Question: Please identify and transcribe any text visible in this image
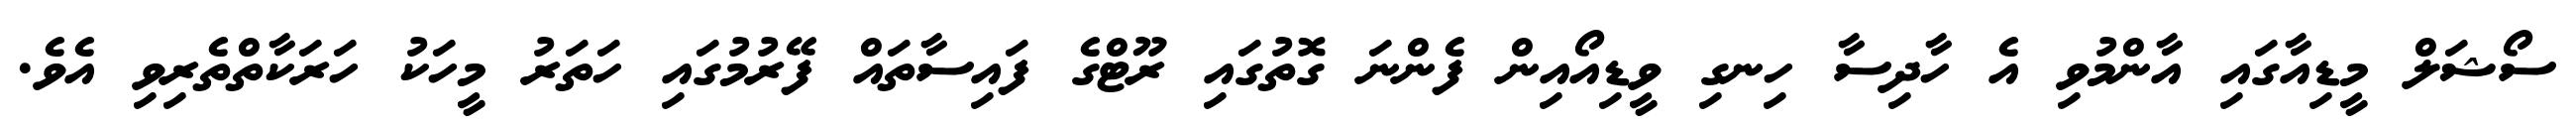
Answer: ސޯޝަލް މީޑިއާގައި އާންމުވި އެ ހާދިސާ ހިނގި ވީޑިއޯއިން ފެންނަ ގޮތުގައި ރޫޓްގެ ފައިސާތައް ފޭރުމުގައި ހަތަރު މީހަކު ހަރަކާތްތެރިވި އެވެ.